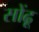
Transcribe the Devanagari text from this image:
सोंढू